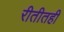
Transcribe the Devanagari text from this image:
रीतीतही